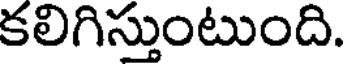
కలిగిస్తుంటుంది.